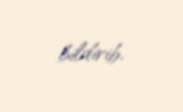
bildirib.